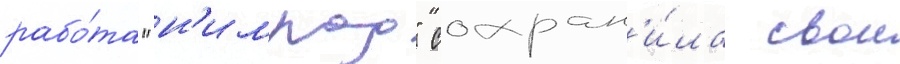
рабо́та "н'имрод" сохран'и́ла свои